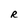
Character: R